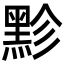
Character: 𪐲